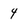
Character: 4